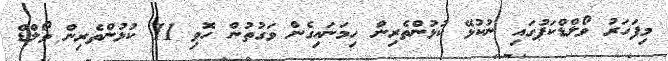
މިފަހަރު ވޯލްޑްކަޕުގައި ނުކުޅޭ ކުޅުންތެރިން ހިމަނައިގެން ވަގުތުން ހޮވި 11 ކުޅުންތެރިން ވޯލްޑް